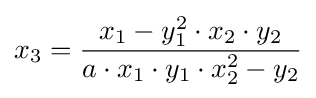
x_{3}={\frac {x_{1}-y_{1}^{2}\cdot x_{2}\cdot y_{2}}{a\cdot x_{1}\cdot y_{1}\cdot x_{2}^{2}-y_{2}}}